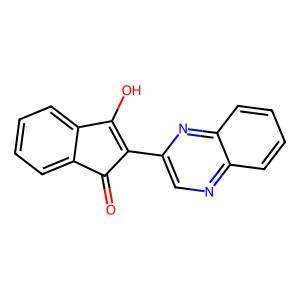
SMILES: O=C1C(c2cnc3ccccc3n2)=C(O)c2ccccc21
Inhibits HIV replication: No